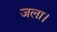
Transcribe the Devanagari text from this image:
जला।